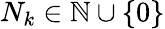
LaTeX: N_{k}\in\mathbb N\cup\{ 0\}